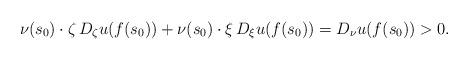
LaTeX: \begin{align*}\nu(s_{0})\cdot\zeta\, D_{\zeta}u(f(s_{0}))+\nu(s_{0})\cdot\xi\, D_{\xi}u(f(s_{0}))=D_{\nu}u(f(s_{0}))>0.\end{align*}